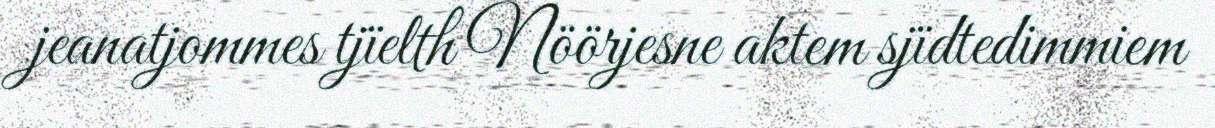
jeanatjommes tjïelth Nöörjesne aktem sjïdtedimmiem